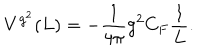
V ^ { g ^ { 2 } } ( L ) = - \frac { 1 } { { 4 \pi } } g ^ { 2 } C _ { F } \frac { 1 } { L } .